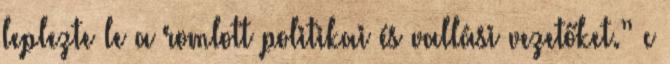
leplezte le a romlott politikai és vallási vezetőket.” c